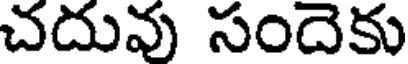
చదువు సందెకు